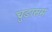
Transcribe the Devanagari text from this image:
चुडासम